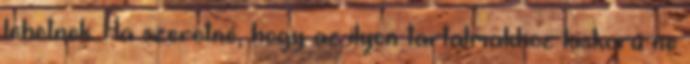
lehetnek. Ha szeretné, hogy az ilyen tartalmakhoz kiskorú ne